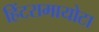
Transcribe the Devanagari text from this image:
हिंटरामायोटा